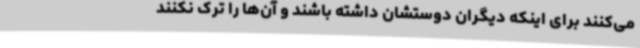
می‌کنند برای اینکه دیگران دوستشان داشته باشند و آن‌ها را ترک نکنند